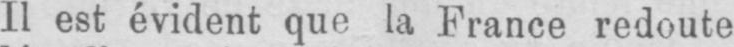
Il est évident que la France redoute